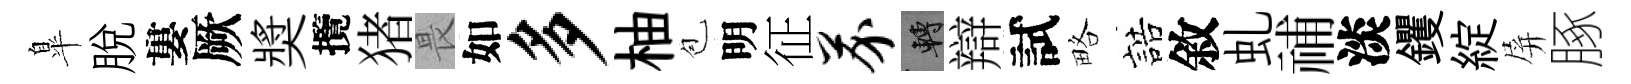
臯脱婁厥奬攬猪畏如多柚苞明征芥轉辯試略誥敘虬𥙷淡钁綻屏䐁